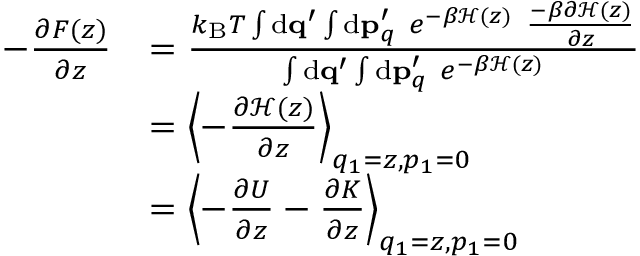
\begin{array} { r l } { - \frac { \partial F ( z ) } { \partial z } } & { = \frac { k _ { \mathrm { B } } T \int \ensuremath { \mathrm { d } } \ensuremath { \mathbf { q } } ^ { \prime } \int \ensuremath { \mathrm { d } } \ensuremath { \mathbf { p } } _ { q } ^ { \prime } \ e ^ { - \beta \mathcal { H } ( z ) } \ \frac { - \beta \partial \mathcal { H } ( z ) } { \partial z } } { \int \ensuremath { \mathrm { d } } \ensuremath { \mathbf { q } } ^ { \prime } \int \ensuremath { \mathrm { d } } \ensuremath { \mathbf { p } } _ { q } ^ { \prime } \ e ^ { - \beta \mathcal { H } ( z ) } } } \\ & { = \left< - \frac { \partial \mathcal { H } ( z ) } { \partial z } \right> _ { q _ { 1 } = z , p _ { 1 } = 0 } } \\ & { = \left< - \frac { \partial U } { \partial z } - \frac { \partial K } { \partial z } \right> _ { q _ { 1 } = z , p _ { 1 } = 0 } } \end{array}